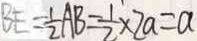
B E = \frac { 1 } { 2 } A B = \frac { 1 } { 2 } \times 2 a = a